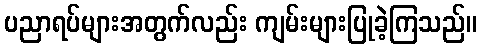
ပညာရပ်များအတွက်လည်း ကျမ်းများပြုခဲ့ကြသည်။